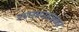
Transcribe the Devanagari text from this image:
उपनयनसंस्कार